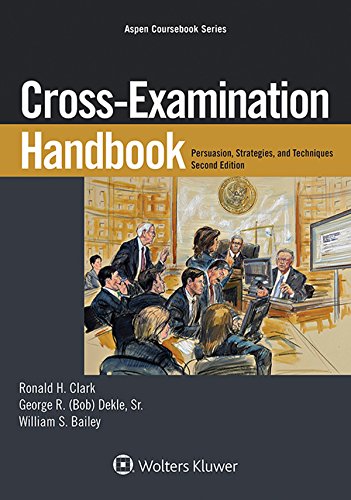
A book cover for Cross-Examination Handbook: Persuasion, Strategies, and Techniques (Aspen Coursebook); Ronald H. Clark; Law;